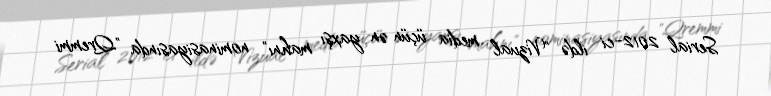
Serial 2012-ci ildə "Vizual media üçün ən yaxşı mahnı" nominasiyasında "Qremmi